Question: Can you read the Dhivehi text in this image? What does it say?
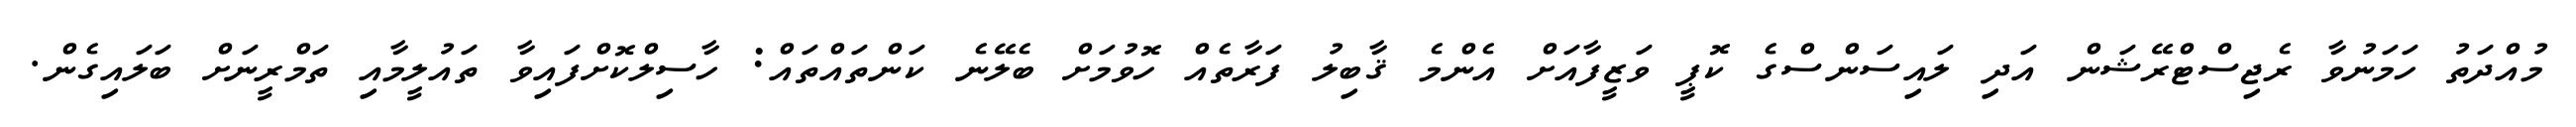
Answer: މުއްދަތު ހަމަނުވާ ރެޖިސްޓްރޭޝަން އަދި ލައިސަންސްގެ ކޮޕީ ވަޒީފާއަށް އެންމެ ޤާބިލު ފަރާތެއް ހޮވުމަށް ބެލޭނެ ކަންތައްތައް: ހާސިލްކޮށްފައިވާ ތައުލީމާއި ތަމްރީނަށް ބަލައިގެން.